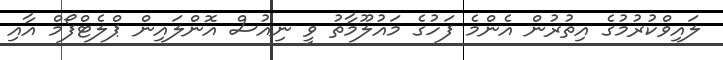
ލައިވްކުރުމުގެ އިތުރުން އެންމެ ފަހުގެ މައުލޫމާތު ވީ ނިއުސް އޮންލައިން ޕްލެޓްފޯމް އާއި